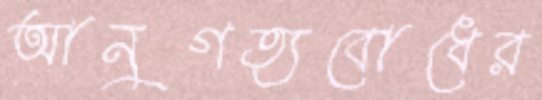
আনুগত্যবোধের